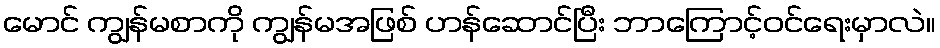
မောင် ကျွန်မစာကို ကျွန်မအဖြစ် ဟန်ဆောင်ပြီး ဘာကြောင့်ဝင်ရေးမှာလဲ။